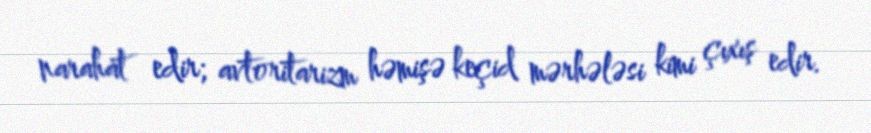
narahat edir; avtoritarizm həmişə keçid mərhələsi kimi çıxış edir.